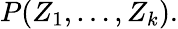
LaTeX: P(Z_{1},\dots,Z_{k}).